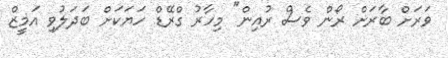
ވަރަށް ބާރަށް ރޯން ވެސް ރުއިން" މިހާރު ގްރޭޑް ހަޔަކަށް ބަދަލުވި އަމީޒް